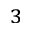
^ 3